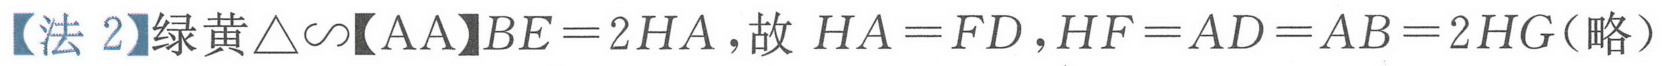
【法2】绿黄$\triangle\sim$【AA】$BE = 2HA$,故$HA = FD,HF = AD = AB = 2HG$(略）